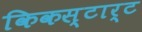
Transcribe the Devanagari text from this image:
किकस्टार्ट